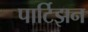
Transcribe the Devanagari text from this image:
पार्टिझन